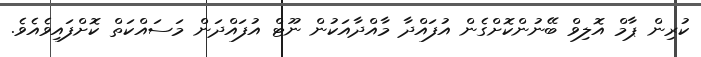
ކުރިން ޕާމް އޮލިވް ބޭނުންކޮށްގެން އުފައްދާ މާއްދާއަކުން ނޫޓް އުފައްދަަން މަސައްކަތް ކޮށްފައިވެއެވެ.